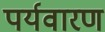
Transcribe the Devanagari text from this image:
पर्यवारण